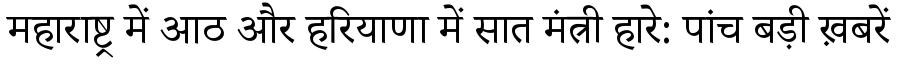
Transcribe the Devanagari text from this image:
महाराष्ट्र में आठ और हरियाणा में सात मंत्री हारे: पांच बड़ी ख़बरें